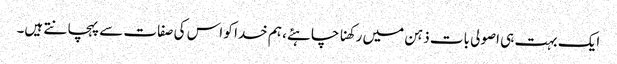
ایک بہت ہی اصولی بات ذہن میں رکھنا چاہئے، ہم خدا کو اس کی صفات سے پہچانتے ہیں۔